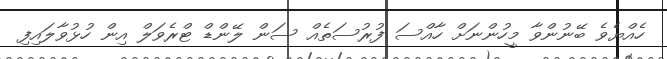
ހެއްޔެވެ ބޭނުންވާ މީހުންނަށް ހާއްސަ ފުރުސަތެއް ސަން ލޭންޑް ޓްރެވަލް އިން ހުޅުވާލައިފި